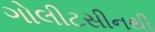
ગોલીટસીનથી